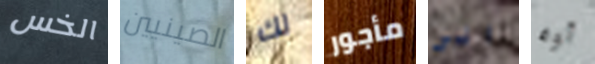
الخس الصينيين لك مأجور الى أوه